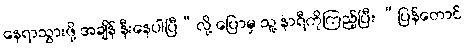
နေရာသွားဖို့ အချိန် နီးနေပါပြီ”လို့ ပြောမှ သူ့ နာရီကိုကြည့်ပြီး “ပြန်တောင်